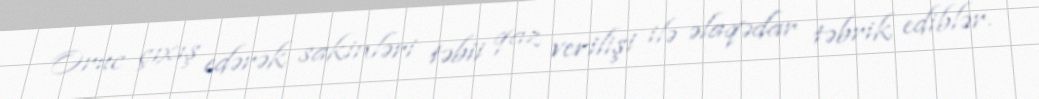
Oruc çıxış edərək sakinləri təbii qaz verilişi ilə əlaqədar təbrik ediblər.